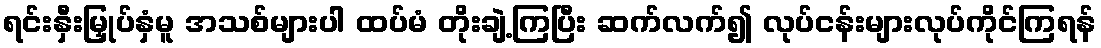
ရင်းနှီးမြှုပ်နှံမူ အသစ်များပါ ထပ်မံ တိုးချဲ့ကြပြီး ဆက်လက်၍ လုပ်ငန်းများလုပ်ကိုင်ကြရန်